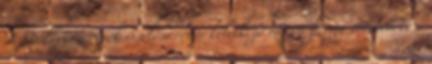
A Walkmaxx cipők viselése révén keletkező mozgásforma erősítheti a